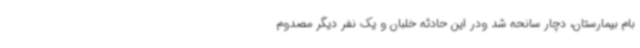
بام بیمارستان، دچار سانحه شد ودر این حادثه خلبان و یک نفر دیگر مصدوم